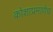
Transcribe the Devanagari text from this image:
कोशाप्रमाणेच